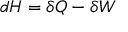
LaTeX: d H = \delta Q - \delta W